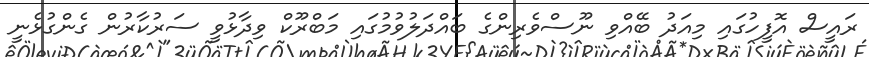
ރައީސް އޮފީހުގައި މިއަދު ބޭއްވި ނޫސްވެރިންގެ ބައްދަލުވުމުގައި މަބްރޫކް ވިދާޅުވީ ސަރުކާރުން ގެންގުޅެނީ